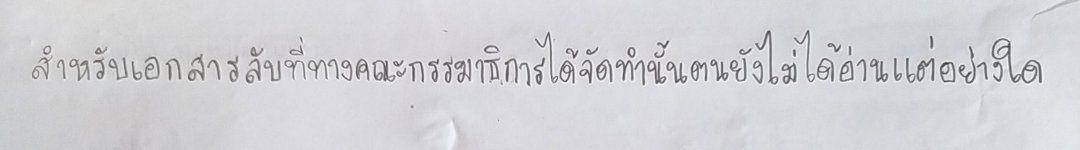
สำหรับเอกสารลับที่ทางคณะกรรมาธิการได้จัดทำนั้นตนยังไม่ได้อ่านแต่อย่างใด